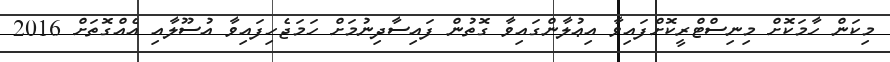
މިކަން ހާމަކޮށް މިނިސްޓްރީކޮށްފައިވާ އިޢުލާންގައިވާ ގޮތުން ފައިސާދިނުމަށް ހަމަޖެހިފައިވާ އުސޫލާއި އެއްގޮތަށް 2016